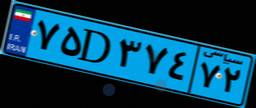
۷۵D۳۷۴۷۲